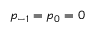
p _ { - 1 } = p _ { 0 } = 0